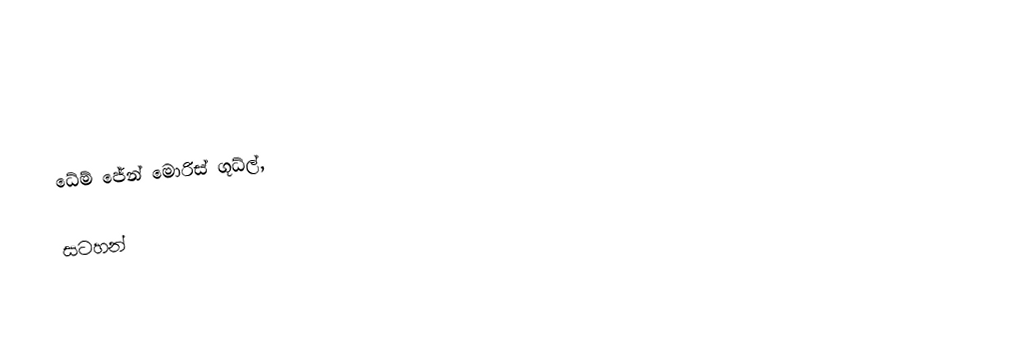
ධේම් ජේන් මොරිස් ගූධ්ල්,

සටහන්